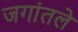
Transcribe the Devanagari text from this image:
जगांतले